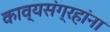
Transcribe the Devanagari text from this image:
काव्यसंग्रहांना